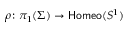
\rho \colon \pi _ { 1 } ( \Sigma ) \rightarrow { \mathsf { H o m e o } } ( S ^ { 1 } )